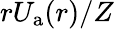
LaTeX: rU_{\mathrm{a}}(r)/Z